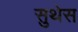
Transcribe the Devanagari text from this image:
सुथेस